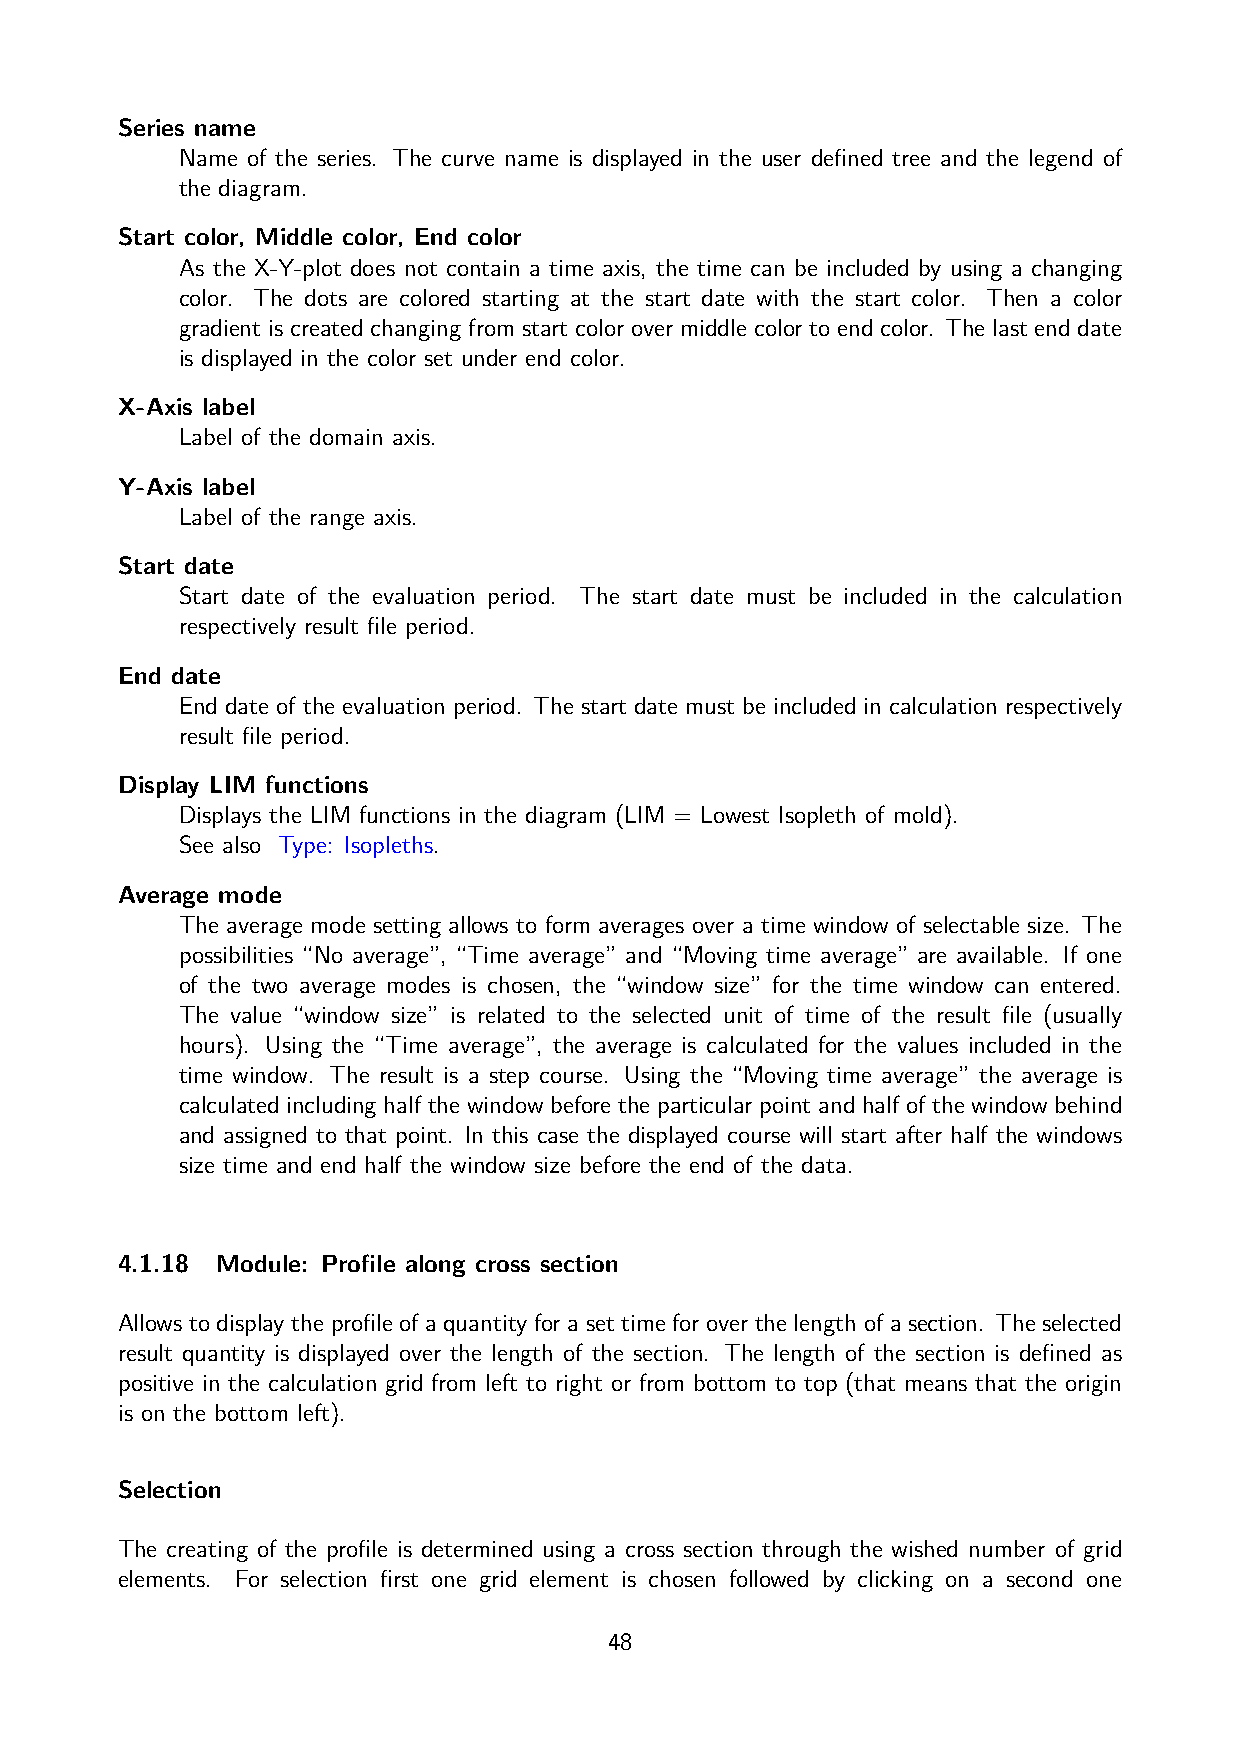
Series name
 Name of the series. The curve name is displayed in the user defined tree and the legend of
 the diagram.
 Start color, Middle color, End color
 As the X-Y-plot does not contain a time axis, the time can be included by using a changing
 color. The dots are colored starting at the start date with the start color. Then a color
 gradient is created changing from start color over middle color to end color. The last end date
 is displayed in the color set under end color.
 X-Axis label
 Label of the domain axis.
 Y-Axis label
 Label of the range axis.
 Start date
 Start date of the evaluation period. The start date must be included in the calculation
 respectively result file period.
 End date
 End date of the evaluation period. The start date must be included in calculation respectively
 result file period.
 Display LIM functions
 Displays the LIM functions in the diagram (LIM = Lowest Isopleth of mold).
 See also Type: Isopleths.
 Average mode
 The average mode setting allows to form averages over a time window of selectable size. The
 possibilities “No average”, “Time average” and “Moving time average” are available. If one
 of the two average modes is chosen, the “window size” for the time window can entered.
 The value “window size” is related to the selected unit of time of the result file (usually
 hours). Using the “Time average”, the average is calculated for the values included in the
 time window. The result is a step course. Using the “Moving time average” the average is
 calculated including half the window before the particular point and half of the window behind
 and assigned to that point. In this case the displayed course will start after half the windows
 size time and end half the window size before the end of the data.
 4.1.18 Module: Profile along cross section
 Allows to display the profile of a quantity for a set time for over the length of a section. The selected
 result quantity is displayed over the length of the section. The length of the section is defined as
 positive in the calculation grid from left to right or from bottom to top (that means that the origin
 is on the bottom left).
 Selection
 The creating of the profile is determined using a cross section through the wished number of grid
 elements. For selection first one grid element is chosen followed by clicking on a second one
 48